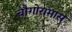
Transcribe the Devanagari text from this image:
चौगोरामास